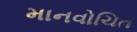
માનવોચિત